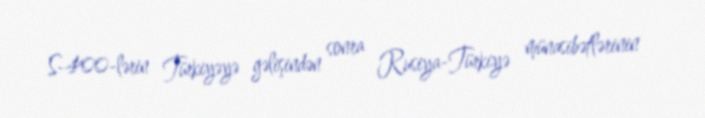
S-400-lərin Türkiyəyə gəlişindən sonra Rusiya-Türkiyə münasibətlərinin